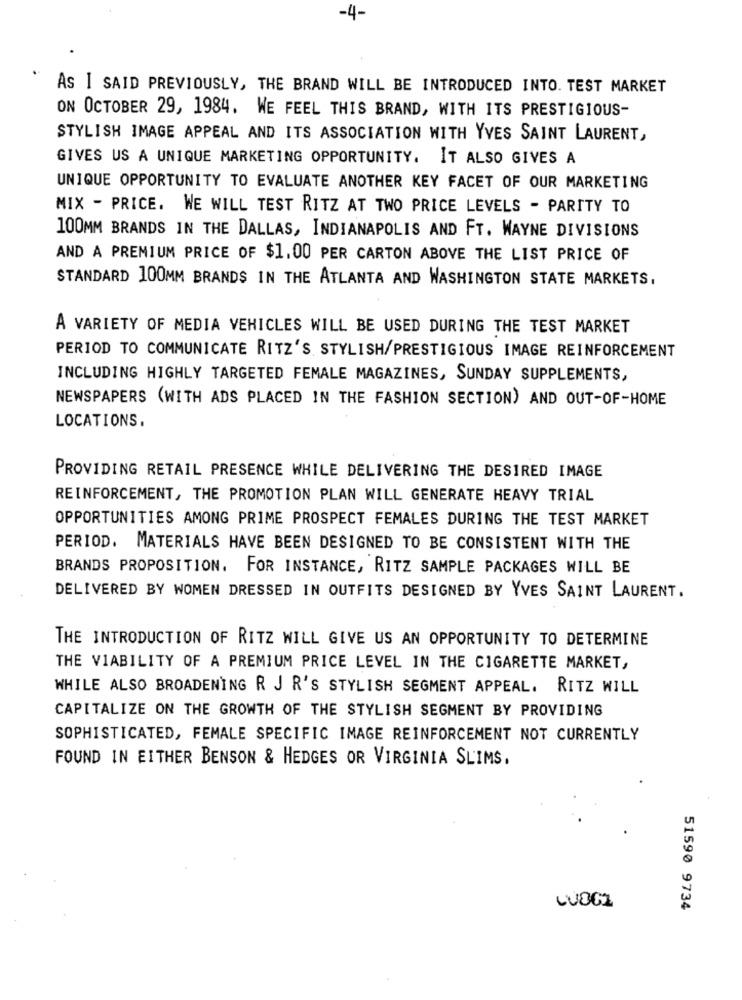
-4-
AS I SAID PREVIOUSLY, THE BRAND WILL BE INTRODUCED INTO. TEST MARKET
ON OCTOBER 29, 1984. WE FEEL THIS BRAND, WITH ITS PRESTIGIOUS-
STYLISH IMAGE APPEAL AND ITS ASSOCIATION WITH YVES SAINT LAURENT,
GIVES US A UNIQUE MARKETING OPPORTUNITY. IT ALSO GIVES A
UNIQUE OPPORTUNITY TO EVALUATE ANOTHER KEY FACET OF OUR MARKETING
MIX - PRICE. WE WILL TEST RITZ AT TWO PRICE LEVELS - PARITY TO
100MM BRANDS IN THE DALLAS, INDIANAPOLIS AND FT. WAYNE DIVISIONS
AND A PREMIUM PRICE OF $1.00 PER CARTON ABOVE THE LIST PRICE OF
STANDARD 100MM BRANDS IN THE ATLANTA AND WASHINGTON STATE MARKETS,
A VARIETY OF MEDIA VEHICLES WILL BE USED DURING THE TEST MARKET
PERIOD TO COMMUNICATE RITZ'S STYLISH/PRESTIGIOUS IMAGE REINFORCEMENT
INCLUDING HIGHLY TARGETED FEMALE MAGAZINES, SUNDAY SUPPLEMENTS,
NEWSPAPERS (WITH ADS PLACED IN THE FASHION SECTION) AND OUT-OF-HOME
LOCATIONS.
PROVIDING RETAIL PRESENCE WHILE DELIVERING THE DESIRED IMAGE
REINFORCEMENT, THE PROMOTION PLAN WILL GENERATE HEAVY TRIAL
OPPORTUNITIES AMONG PRIME PROSPECT FEMALES DURING THE TEST MARKET
PERIOD. MATERIALS HAVE BEEN DESIGNED TO BE CONSISTENT WITH THE
BRANDS PROPOSITION. FOR INSTANCE, RITZ SAMPLE PACKAGES WILL BE
DELIVERED BY WOMEN DRESSED IN OUTFITS DESIGNED BY YVES SAINT LAURENT.
THE INTRODUCTION OF RITZ WILL GIVE US AN OPPORTUNITY TO DETERMINE
THE VIABILITY OF A PREMIUM PRICE LEVEL IN THE CIGARETTE MARKET,
WHILE ALSO BROADENING R J R'S STYLISH SEGMENT APPEAL. RITZ WILL
CAPITALIZE ON THE GROWTH OF THE STYLISH SEGMENT BY PROVIDING
SOPHISTICATED, FEMALE SPECIFIC IMAGE REINFORCEMENT NOT CURRENTLY
FOUND IN EITHER BENSON & HEDGES OR VIRGINIA SLIMS,
51590 9734